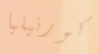
كورنيليا